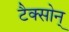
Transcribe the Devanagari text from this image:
टैक्सोन्